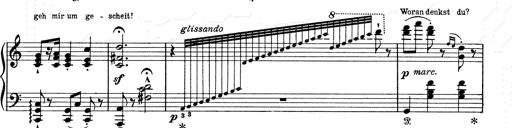
Title: 6 Polish Songs
Composer: Franz Liszt